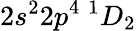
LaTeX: {2s^{2}2p^{4}~^{1}D_{2}}